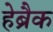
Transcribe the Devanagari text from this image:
हेब्रैक